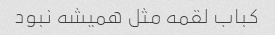
کباب لقمه مثل همیشه نبود